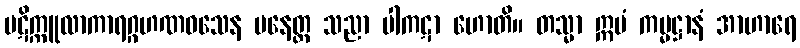
ပဋိက္ကူလာကာရဂ္ဂဟဏဝသေန ပနေတ္ထ သညာ ပါကဋာ ဟောတိ။ တသ္မာ ဣမံ ကမ္မဋ္ဌာနံ အာဟာရေ